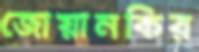
জোয়ানকির